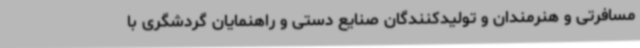
مسافرتی و هنرمندان و تولیدکنندگان صنایع دستی و راهنمایان گردشگری با